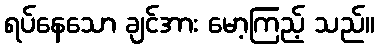
ရပ်နေသော ချင်အား မော့ကြည့် သည်။